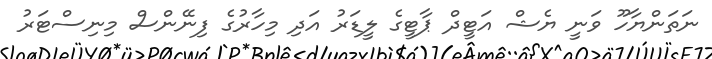
ނަތަންޔާހޫ ވަނީ ޔެޝް އަޓީދް ޕާޓީގެ ލީޑަރު އަދި މިހާރުގެ ފިނޭންސް މިނިސްޓަރު